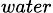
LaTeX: _{water}